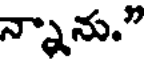
న్నాను."